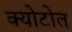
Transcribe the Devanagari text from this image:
क्योटोत